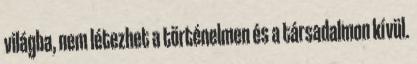
világba, nem létezhet a történelmen és a társadalmon kívül.